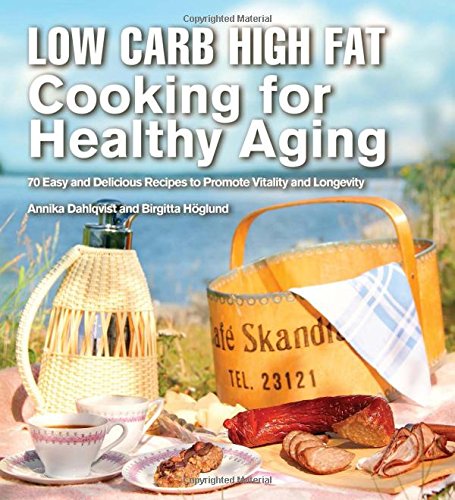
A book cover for Low Carb High Fat Cooking for Healthy Aging: 70 Easy and Delicious Recipes to Promote Vitality and Longevity; Annika Dahlqvist; Cookbooks, Food & Wine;